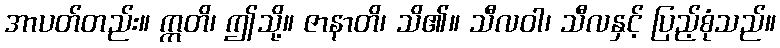
အာပတ်တည်း။ ဣတိ၊ ဤသို့။ ဇာနာတိ၊ သိ၏။ သီလဝါ၊ သီလနှင့် ပြည့်စုံသည်။